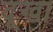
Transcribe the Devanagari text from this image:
दूखा